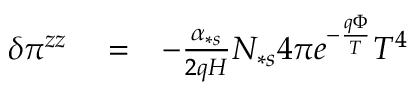
\begin{array} { r l r } { \delta \pi ^ { z z } } & { { } = } & { - \frac { \alpha _ { \ast s } } { 2 q H } N _ { \ast s } 4 \pi e ^ { - \frac { q \Phi } { T } } T ^ { 4 } } \end{array}